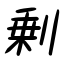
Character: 剰